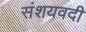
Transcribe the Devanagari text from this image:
संशयवदी